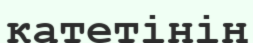
катетінің